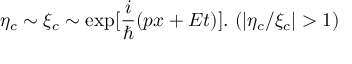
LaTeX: \eta _ { c } \sim \xi _ { c } \sim \exp [ \frac i \hbar ( p x + E t ) ] . \mathrm { ~ } ( \left| \eta _ { c } / \xi _ { c } \right| > 1 )